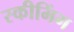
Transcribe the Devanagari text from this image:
स्कीमिंग